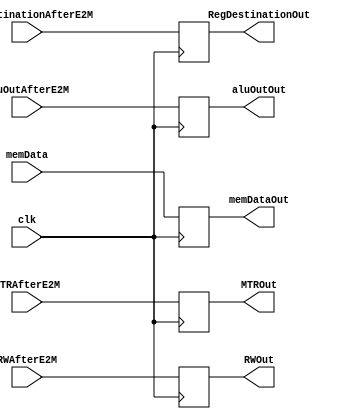
module MWBuffer(MTRAfterE2M, RWAfterE2M, RegDestinationAfterE2M, aluOutAfterE2M, memData, clk, MTROut, RWOut, RegDestinationOut, aluOutOut, memDataOut);


// Inputs to the buffer
input clk, MTRAfterE2M, RWAfterE2M; 
input [2:0]  RegDestinationAfterE2M;
input [15:0] aluOutAfterE2M, memData;

// Outputs from the buffer
output reg MTROut, RWOut; 
output reg [2:0]  RegDestinationOut;
output reg [15:0] aluOutOut, memDataOut;

always@(posedge clk)
begin
    RegDestinationOut=RegDestinationAfterE2M;
    MTROut = MTRAfterE2M;
    RWOut = RWAfterE2M;
    aluOutOut = aluOutAfterE2M;
    memDataOut = memData;
end
endmodule